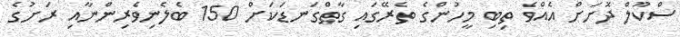
ސްކޫލް ދޮށަށް އެއްވެ ތިބި މީހުންގެ ތެރޭގައި ގާތްގަނޑަކަށް 150 ބެލެނިވެރިންނާއި ރަށުގެ